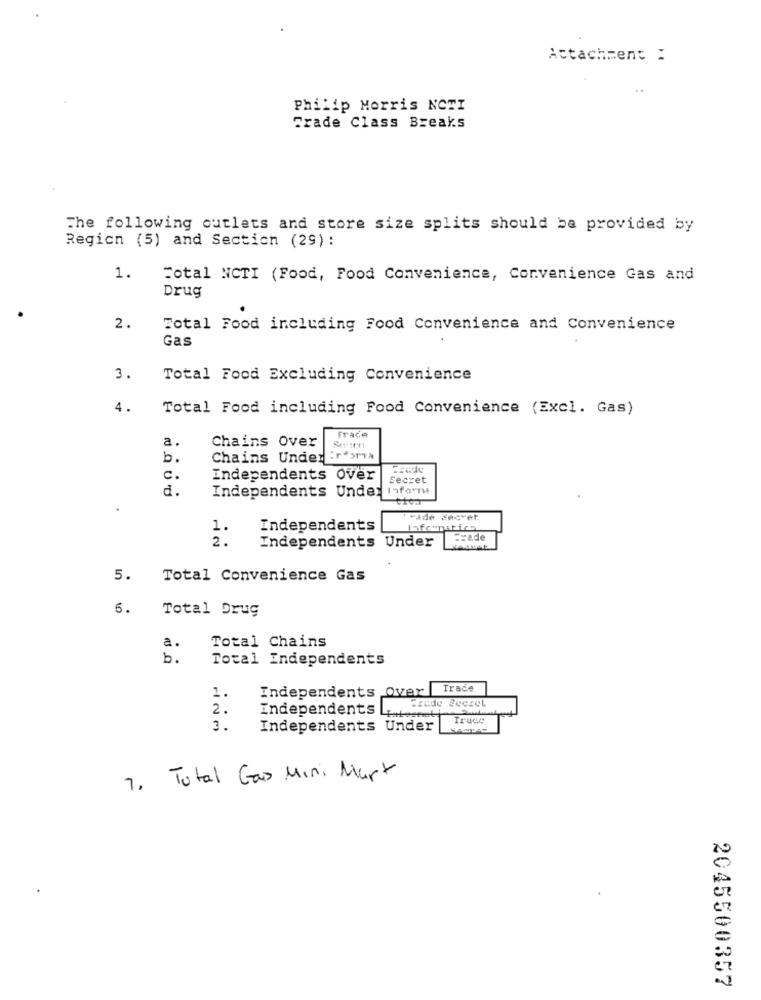
Attachment :
Philip Morris NCTI
Trade Class Breaks
The following outlets and store size splits should be provided by
Region (5) and Section (29):
1.
Total NCTI (Food, Food Convenience, Convenience Gas and
Drug
2.
Total Food including Food Convenience and Convenience
Gas
3.
Total Food Excluding Convenience
4.
Total Food including Food Convenience (Excl. Gas)
Trace
a.
Chains Over
b.
Chains Under :reoria
c .
Independents Over
Secret
d.
Independents Under
Svade Hecvet,
1.
Independents
Informatico
2.
TEsade
Independents Under
5.
Total Convenience Gas
6.
Total Drug
Total Chains
a.
b.
Total Independents
Trade
1.
Independents Over
2.
Independents
Lintott
Truce
3.
Independents Under
7. Total Gas Mini Mart
2045500357